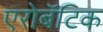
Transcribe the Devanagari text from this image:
एरोबॅटिक